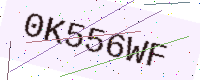
Text: 0K556WF